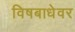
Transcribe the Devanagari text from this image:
विषबाधेवर